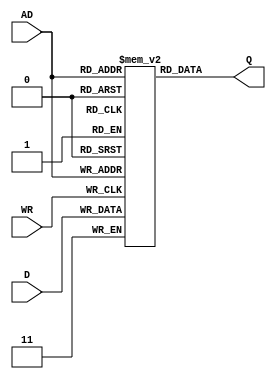
module memory_2bit_8word (D, WR, AD, Q);
    input WR;
    input [1:0] D;
    input [2:0] AD;
    output [1:0] Q;

    reg [1:0] q[0:7];

    always @(posedge WR) q[AD] <= D;

    assign Q = q[AD];
endmodule

module testbench; 
    reg [2:0] AD;
    reg WR;
    wire [1:0] Q;
    
    initial begin
        $monitor("ADR:%b WR:%b Q:%b", AD, WR, Q);
        AD <= 3'b0;
        WR <= 1'b0;
        #31 $finish;
    end

    always #2 AD <= AD + 3'b1;
    always #1 WR <= ~WR;

    memory_2bit_8word inst0 (2'b11, WR, AD, Q);
endmodule